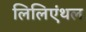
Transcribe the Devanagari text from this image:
लिलिएंथल